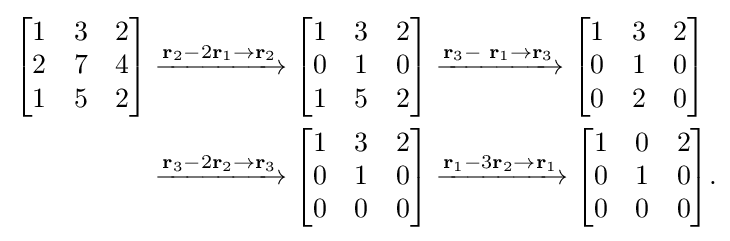
{\begin{aligned}{\begin{bmatrix}1&3&2\\2&7&4\\1&5&2\end{bmatrix}}&\xrightarrow {\mathbf {r} _{2}-2\mathbf {r} _{1}\to \mathbf {r} _{2}} {\begin{bmatrix}1&3&2\\0&1&0\\1&5&2\end{bmatrix}}\xrightarrow {\mathbf {r} _{3}-\,\,\mathbf {r} _{1}\to \mathbf {r} _{3}} {\begin{bmatrix}1&3&2\\0&1&0\\0&2&0\end{bmatrix}}\\&\xrightarrow {\mathbf {r} _{3}-2\mathbf {r} _{2}\to \mathbf {r} _{3}} {\begin{bmatrix}1&3&2\\0&1&0\\0&0&0\end{bmatrix}}\xrightarrow {\mathbf {r} _{1}-3\mathbf {r} _{2}\to \mathbf {r} _{1}} {\begin{bmatrix}1&0&2\\0&1&0\\0&0&0\end{bmatrix}}.\end{aligned}}